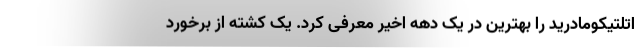
اتلتیکومادرید را بهترین در یک دهه اخیر معرفی کرد. یک کشته از برخورد